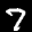
Label: 7